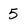
Character: 5